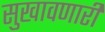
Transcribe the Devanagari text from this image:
सुखावणारी